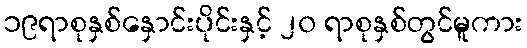
၁၉ရာစုနှစ်နှောင်းပိုင်းနှင့် ၂၀ ရာစုနှစ်တွင်မူကား